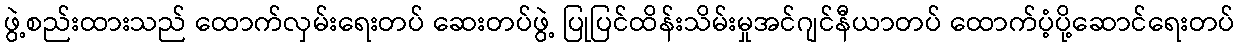
ဖွဲ့စည်းထားသည် ထောက်လှမ်းရေးတပ် ဆေးတပ်ဖွဲ့ ပြုပြင်ထိန်းသိမ်းမှုအင်ဂျင်နီယာတပ် ထောက်ပံ့ပို့ဆောင်ရေးတပ်